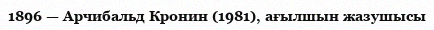
1896 — Арчибальд Кронин (1981), ағылшын жазушысы